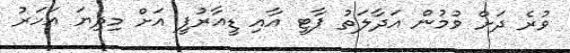
ވުރެ ދަށް ވުމުން އަދާލަތު ޕާޓީ އާއި ޑީއާރުޕީ އަށް މިދިޔަ އަހަރު